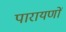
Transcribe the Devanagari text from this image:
पारायणों